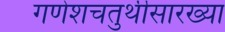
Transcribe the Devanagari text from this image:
गणेशचतुर्थीसारख्या